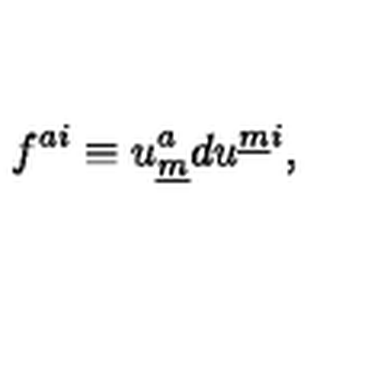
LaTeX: f ^ { a i } \equiv u _ { \underline { m } } ^ { a } d u ^ { \underline { m } i } ,